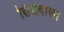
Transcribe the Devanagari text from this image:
छिद्रवाला